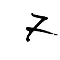
7